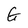
Character: G